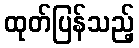
ထုတ်ပြန်သည့်